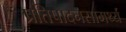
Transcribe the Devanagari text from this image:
प्रतिपादनसामर्थ्य